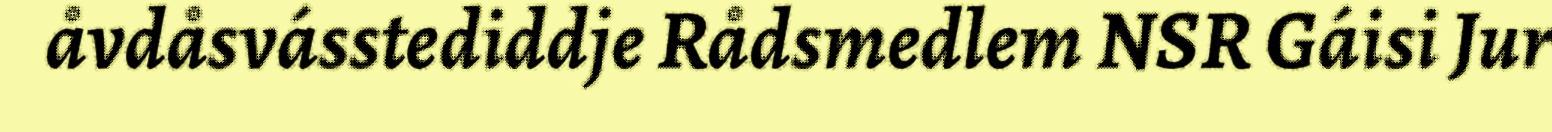
åvdåsvásstediddje Rådsmedlem NSR Gáisi Jur